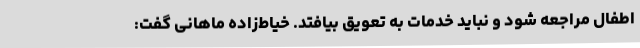
اطفال مراجعه شود و نباید خدمات به تعویق بیافتد. خیاط‌زاده ماهانی گفت: